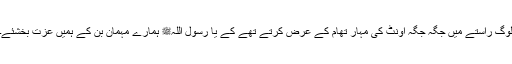
لوگ راستے میں جگہ جگہ اونٹ کی مہار تھام کے عرض کرتے تھے کے یا رسول اللہﷺ ہمارے مہمان بن کے ہمیں عزت بخشئے۔